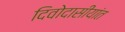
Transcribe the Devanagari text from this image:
दिवोदासीयांत